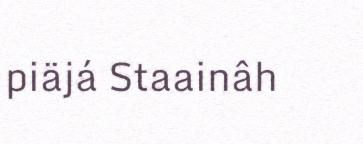
piäjá Staainâh